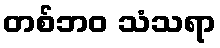
တစ်ဘဝ သံသရာ